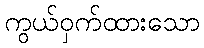
ကွယ်ဝှက်ထားသော